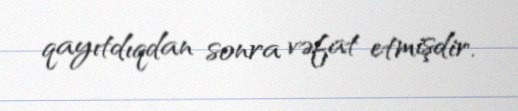
qayıtdıqdan sonra vəfat etmişdir.